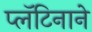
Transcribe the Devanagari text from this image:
प्लॅटिनाने